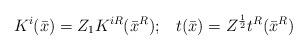
LaTeX: \begin{align*}K^i (\bar{x}) = Z_1 K^{iR} (\bar{x}^R);\;\;\; t (\bar{x}) = Z^{\frac{ 1}{2}}t^R (\bar{x}^R) \end{align*}